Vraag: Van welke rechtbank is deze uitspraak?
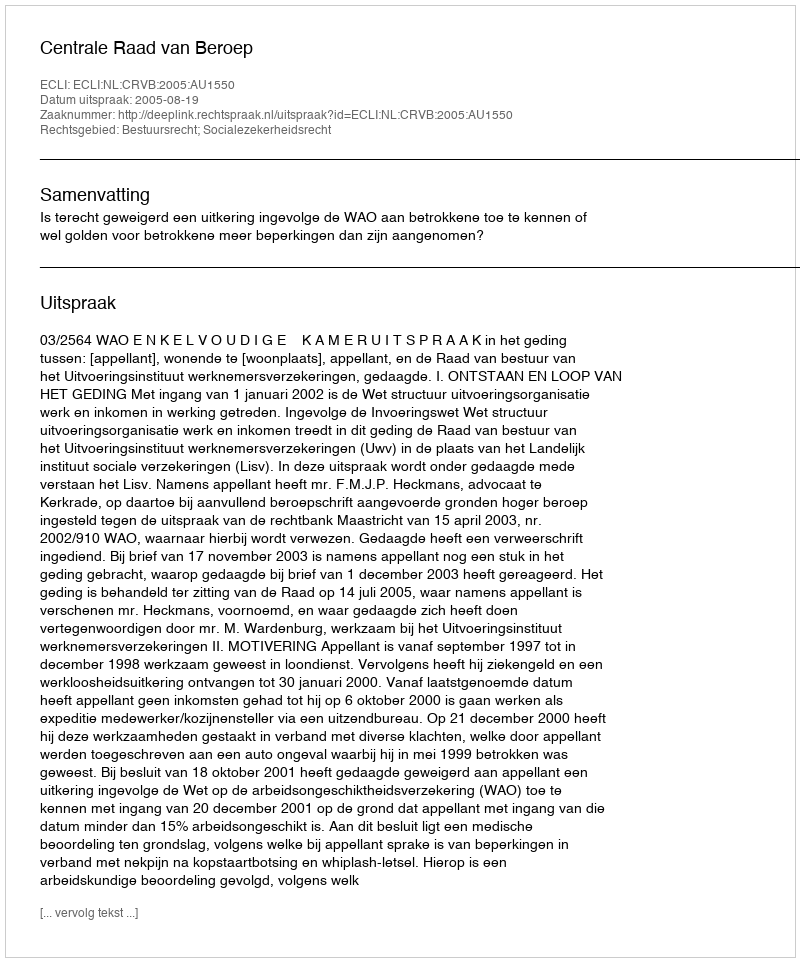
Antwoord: Centrale Raad van Beroep